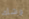
وشك